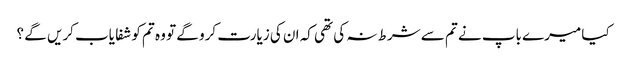
کیا میرے باپ نے تم سے شرط نہ کی تھی کہ ان کی زیارت کرو گے تو وہ تم کو شفا یاب کریں گے ؟